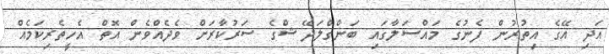
އަދި އޭގެ އިތުރުން ފެނުގެ މައްސަލާގައި ބަންގްލަދޭޝްގެ ސަރުކާރަށް ވެދެއްވެން އޮތް އެހީތެރިކަމެއް